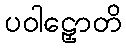
ပဝါဠှောတိ